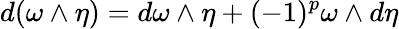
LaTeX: d(\omega\wedge\eta)=d\omega\wedge\eta+(-1)^{p}\omega\wedge d\eta